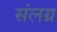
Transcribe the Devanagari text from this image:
संलग्र